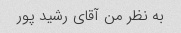
به نظر من آقای رشید پور